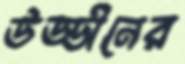
উড্ডীনের